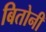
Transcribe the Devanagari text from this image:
बितोनी